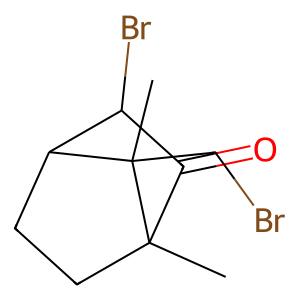
SMILES: CC12CCC(C(Br)C1=O)C2(C)CBr
Inhibits HIV replication: No